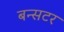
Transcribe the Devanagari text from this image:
बन्सटर